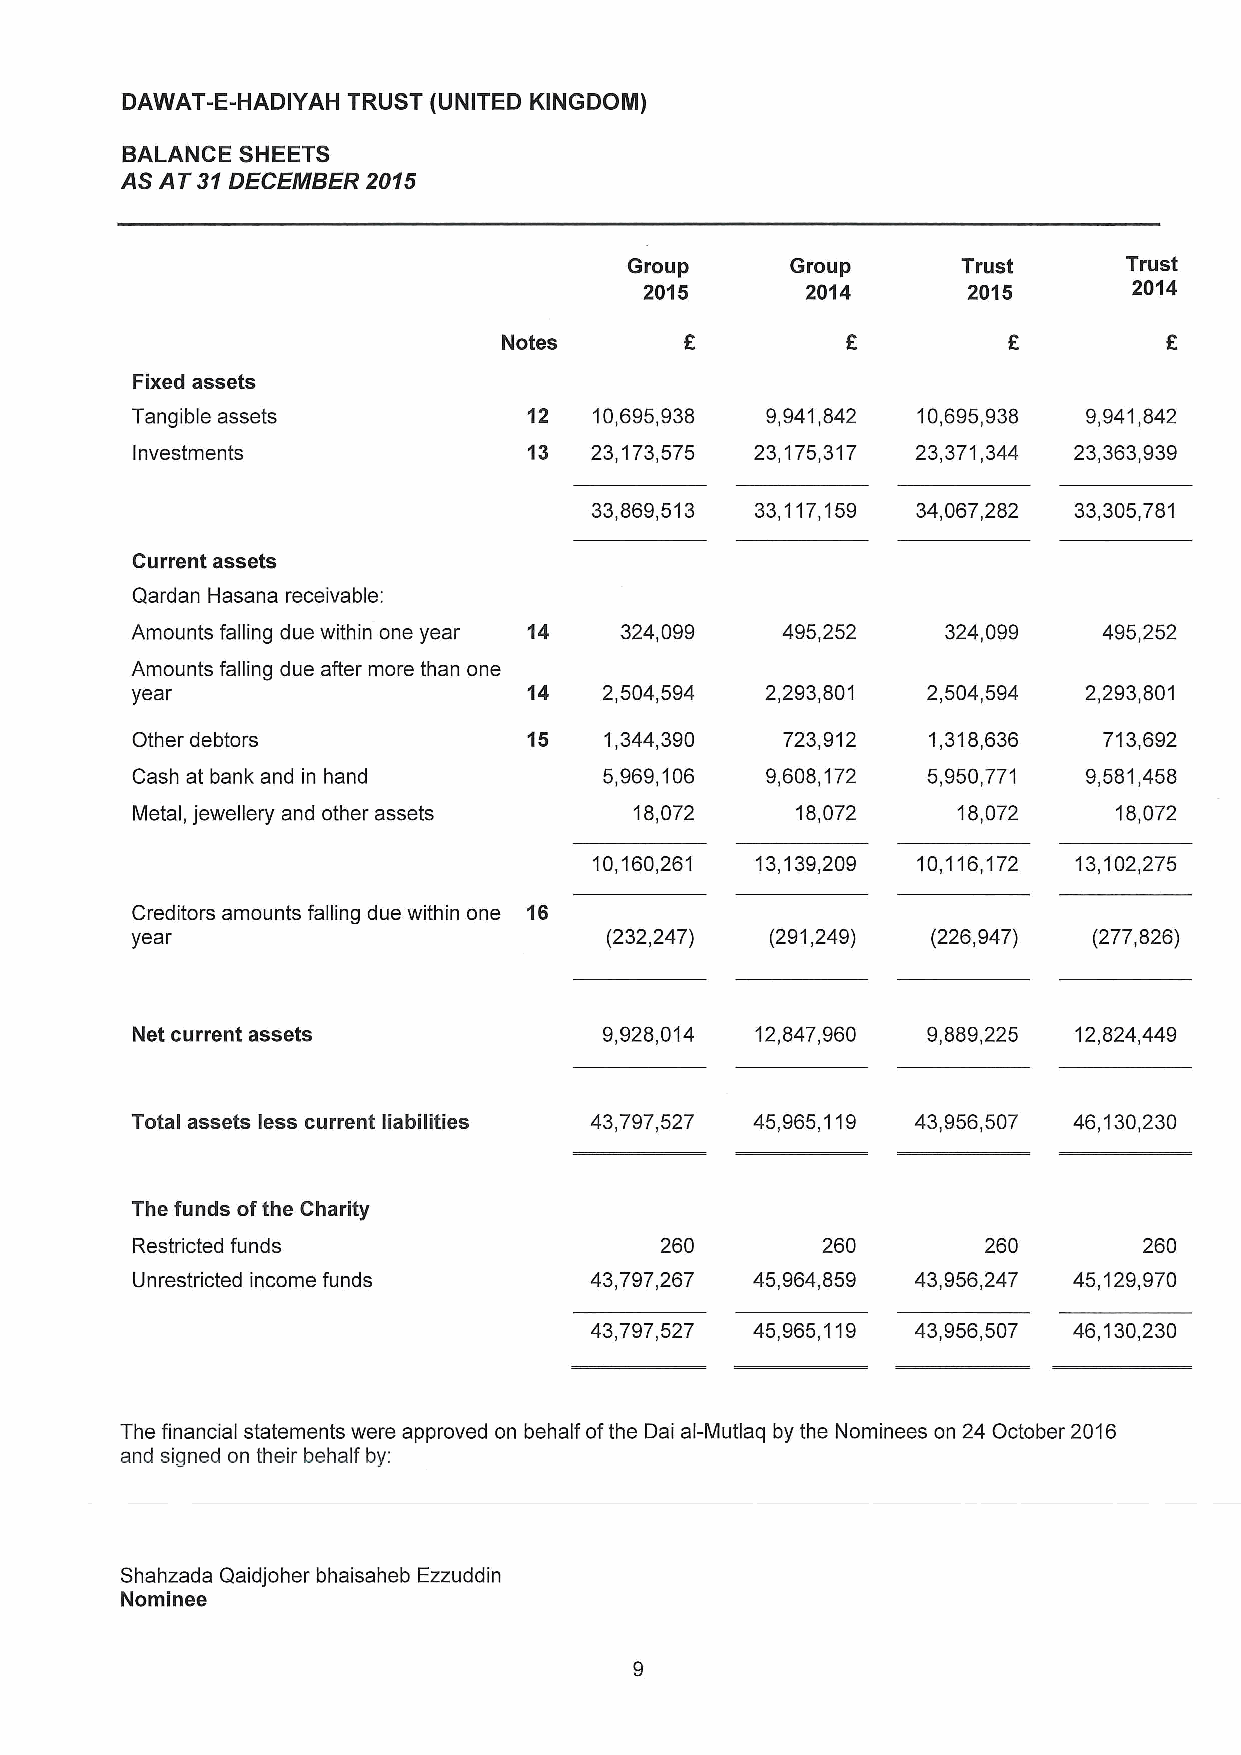
DAWAT-E-HADIYAH TRUST (UNITED KINGDOM)
 BALANCE SHEETS
 AS AT 31 DECEMBER 2015
 Group      Group       Trust     Trust
 2015       2014       2015       2014
 Notes
 Fixed assets
 Tangible assets           12  10,695,938  9,941,842 10,695,938 9,941,842
 Investments               13  23,173,575 23,175,317 23,371,344 23,363,939
 33,869,513 33,117,159 34,067,282 33,305,781
 Current assets
 Qardan Hasana receivable:
 Amounts falling due within one year 14 324,099 495,252 324,099  495,252
 Amounts falling due after more than one
 year                      14   2,504,594  2,293,801 2,504,594  2,293,801
 Other debtors             15   1,344,390   723,912  1,318,636   713,692
 Cash at bank and in hand       5,969,106  9,608,172 5,950,771  9,581,458
 Metal, jewellery and other assets 18,072    18,072    18,072     18,072
 10,160,261 13,139,209 10,116,172 13,102,275
 Creditors amounts falling due within one 16
 year                           (232,247)  (291,249) (226,947)  (277,826)
 Net current assets             9,928,014 12,847,960 9,889,225 12,824,449
 Total assets less current liabilities 43,797,527 45,965,119 43,956,507 46,130,230
 The funds of the Charity
 Restricted funds                   260     260      260      260
 Unrestricted income funds     43,797,267 45,964,859 43,956,247 45,129,970
 43,797,527 45,965,119 43,956,507 46,130,230
 The financial statements were approved on behalf of the Dai al-Mutlaq by the Nominees on 24 October 2016
 and signed on their behalf by:
 Shahzada Qaidjoher bhaisaheb Ezzuddin
 Nominee